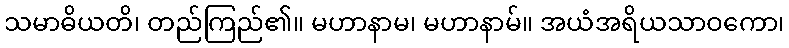
သမာဓိယတိ၊ တည်ကြည်၏။ မဟာနာမ၊ မဟာနာမ်။ အယံအရိယသာဝကော၊